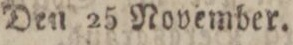
Den 25 November.